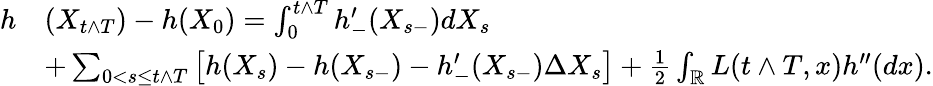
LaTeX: \begin{array}{rl}{h}&{(X_{t\wedge T})-h(X_{0})=\int_{0}^{t\wedge T}h_{-}^{\prime}(X_{s-})dX_{s}}\\ &{+\sum_{0<s\leq t\wedge T}\left[h(X_{s})-h(X_{s-})-h_{-}^{\prime}(X_{s-})\Delta X_{s}\right]+\frac{1}{2}\int_{\mathbb R}L(t\wedge T,x)h^{\prime\prime}(dx).}\end{array}